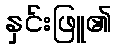
နှင်းဖြူ၏